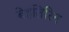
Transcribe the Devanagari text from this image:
बेहतिरिन